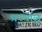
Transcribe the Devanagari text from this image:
श्रध्धाळु